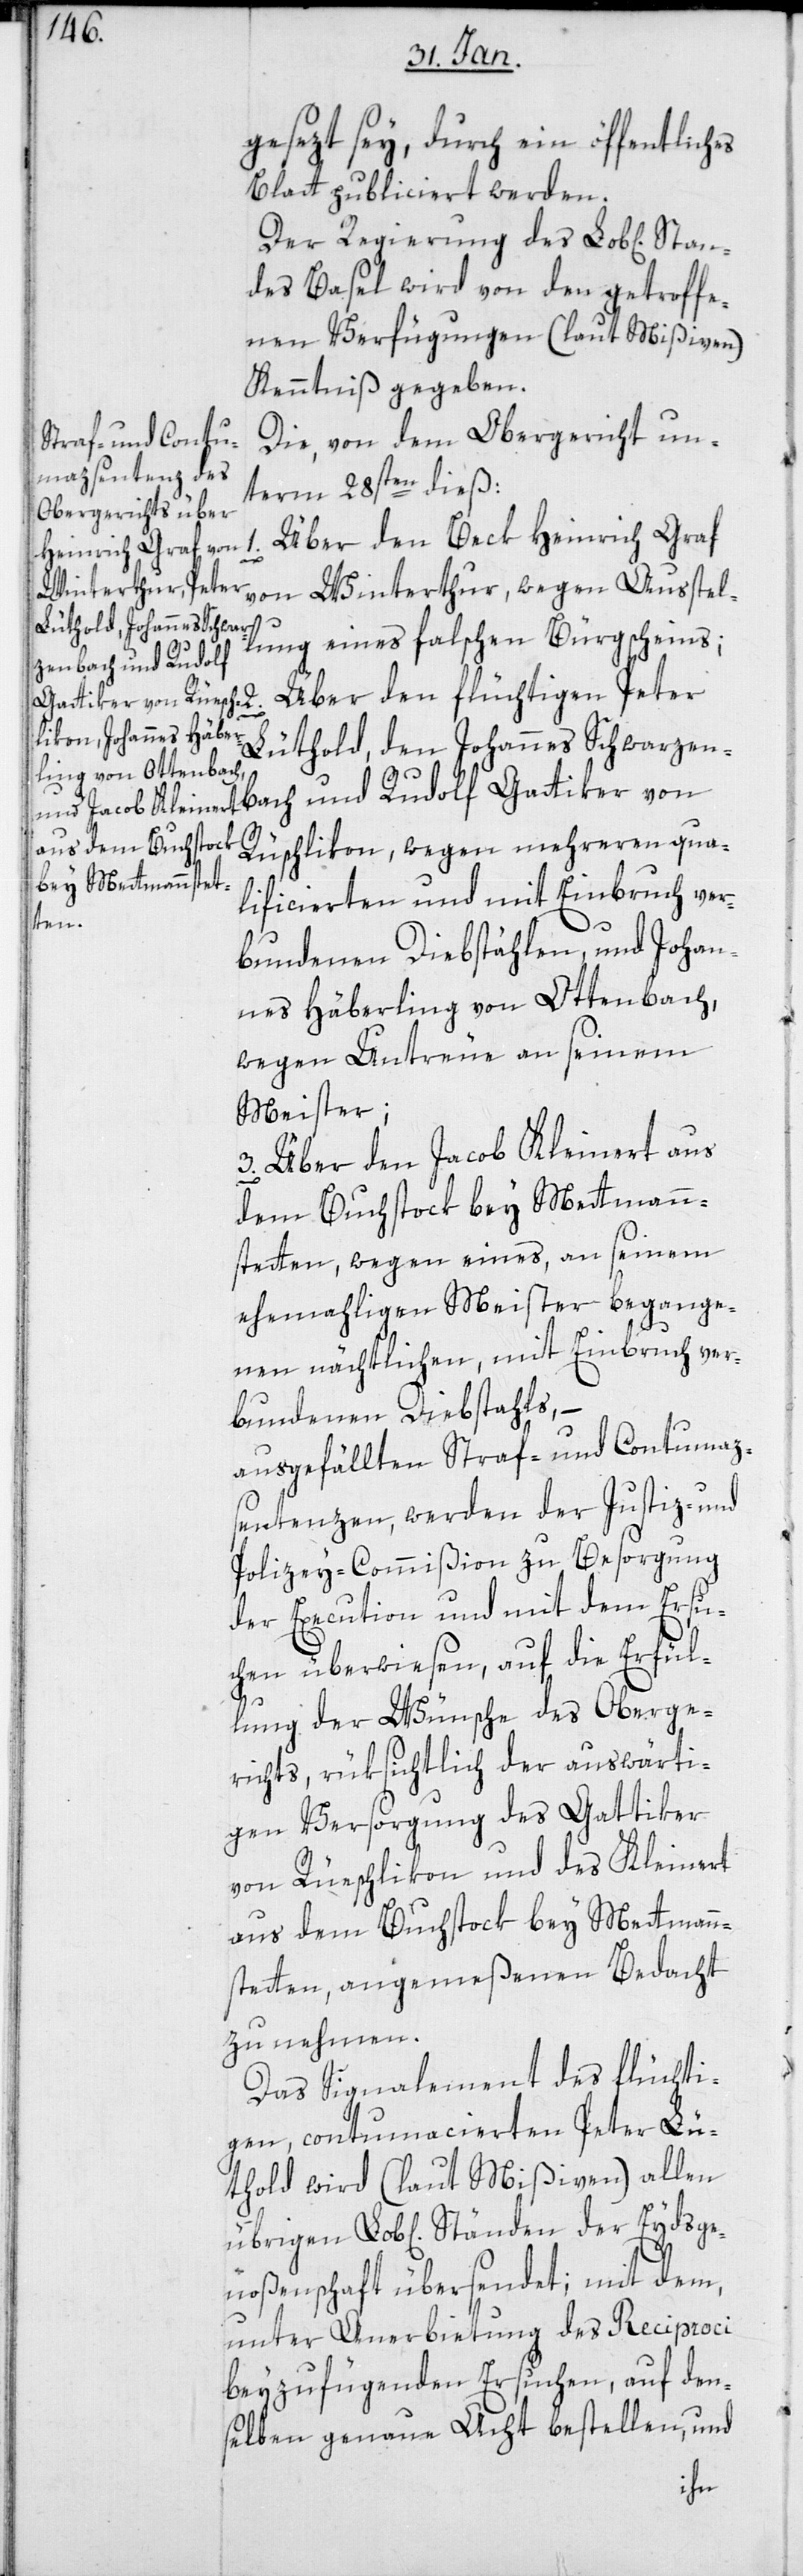
gesezt sei, durch ein öffentliches
Blatt publiciert werden.
Der Regierung des Lobl[ichen]
des Basel wird von den getroffe¬
nen Verfügungen (laut Mißiven)
Kenntniß gegeben.
Die von dem Obergericht un¬
term 28sten dieß
Über den Beck Heinrich Graf
2.
von Winterthur, wegen Ausstel¬
lung eines falschen Bürgscheins;
enbach und Rudolf
Über den flüchtigen Peter
Lüthold, den Johannes Schwarz¬
Rüschlikon, wegen mehreren qua¬
lificierten und mit Einbruch ver¬
Stan¬
bundenen Diebstählen und Johan¬
nes Häberling von Ottenbach,
wegen Untreue an seinem
Meister;
3. Über den Jacob Kleinert aus
dem Buchstok bey Mettmen¬
stetten, wegen eines, an seinem
ehemaligen Meister begange¬
nen nächtlichen, mit Einbruch ver¬
bundenen Diebstahls; –
ausgefällten Straf- und Contumaz¬
sentenzen, werden der Justiz- und
Polizey-Commißion zu Besorgung
der Execution und mit dem Ersu¬
chen überwiesen, auf die Erfül¬
lung der Wünsche des Oberge¬
richts, rüksichtlich der auswärti¬
gen Versorgung des Gattiker
von Rüschlikon und des Kleinert
aus dem Buchstok bey Mettmen¬
stetten, angemeßenen Bedacht
zu nehmen.
Das Signalement des flüchti¬
gen, contumacierten Peter Lü¬
thold wird (laut Mißiven) allen
übrigen L. Ständen der Eidsge¬
noßenschaft übersendet; mit dem,
unter Anerbietung des Reciproci
beizufügenden Ersuchen, auf den¬
selben genaue Acht bestellen, und